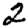
Digit: 2